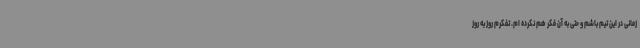
زمانی در این تیم باشم و حتی به آن فکر هم نکرده ام. تفکرم روز به روز